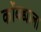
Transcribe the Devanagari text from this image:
कोंबड्याला